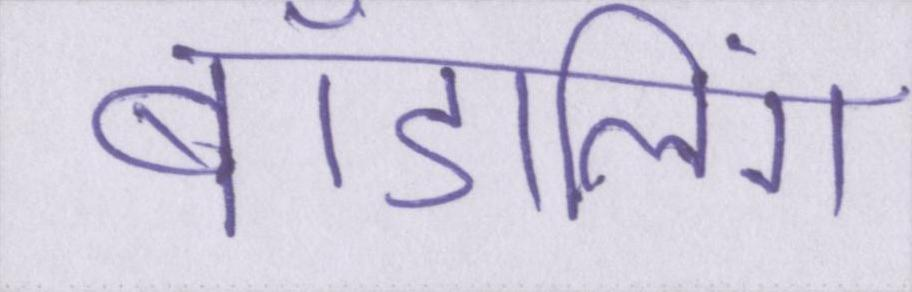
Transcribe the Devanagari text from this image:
बॉडलिंग